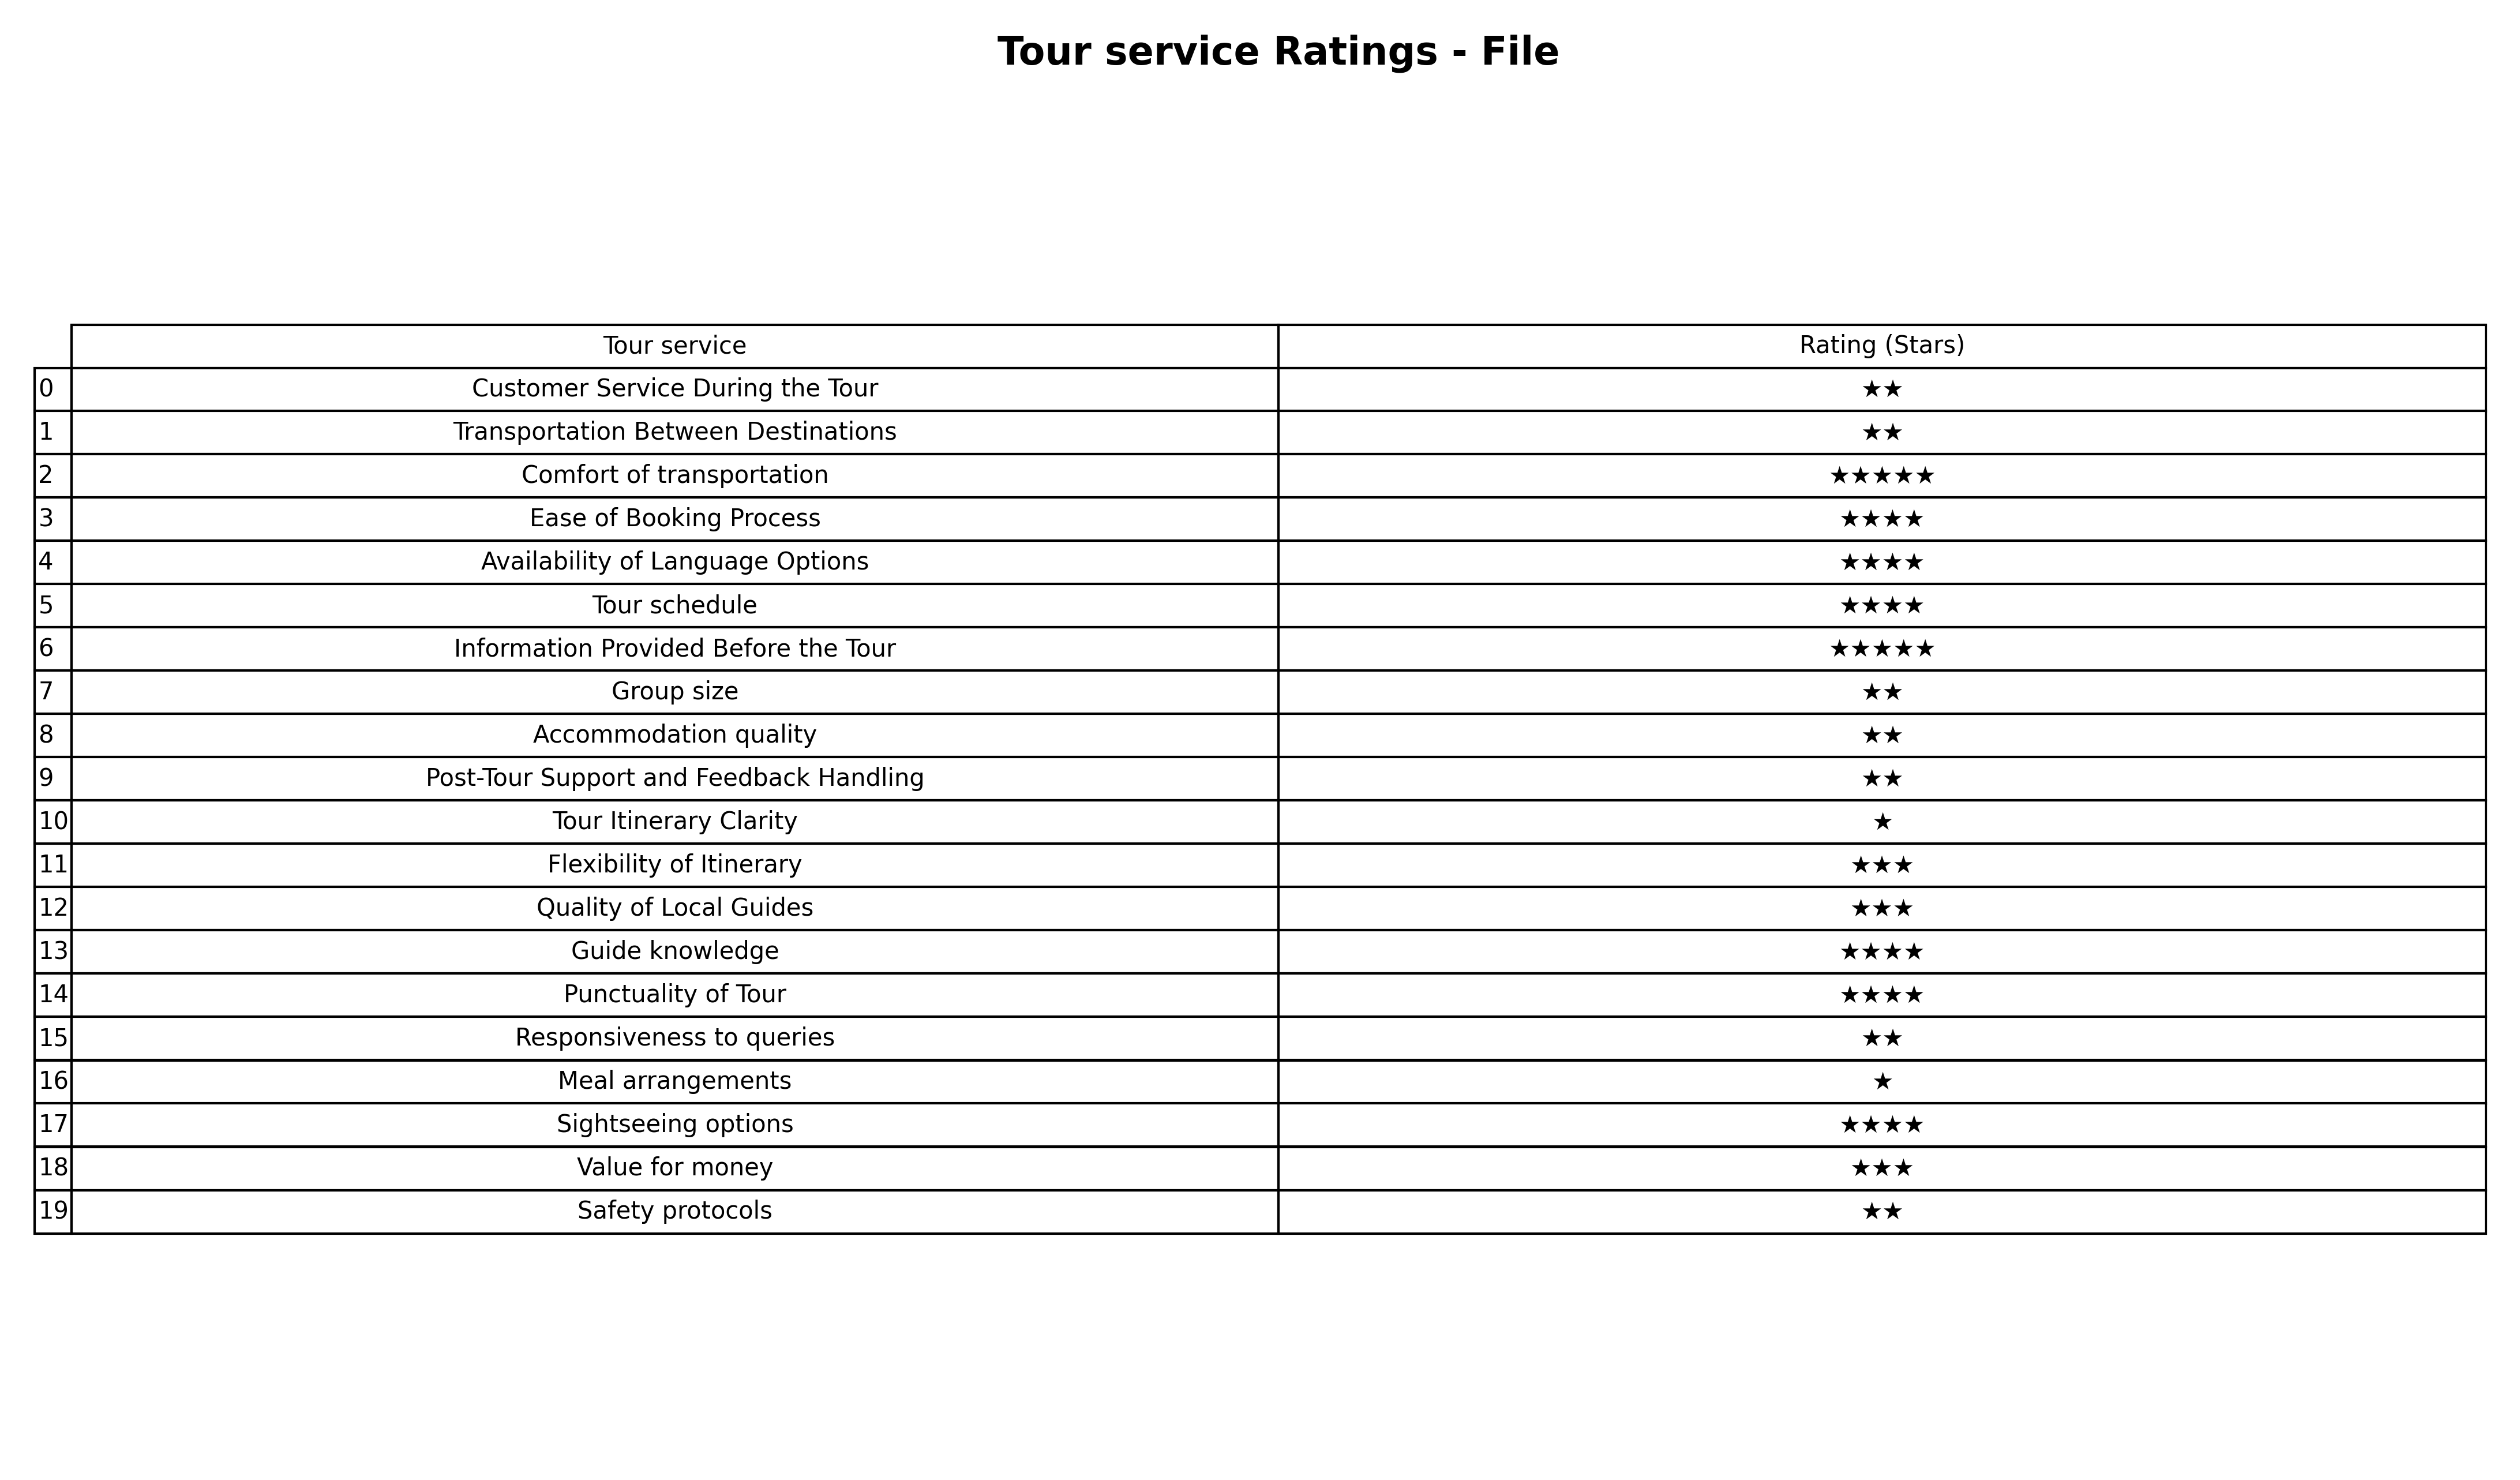
question: What is the rating of Information Provided Before the Tour?
answer: ★★★★★